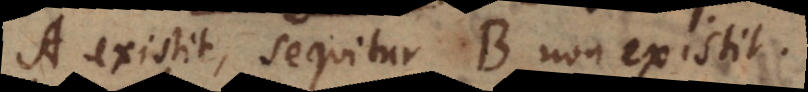
A existit, sequitur B non existit.